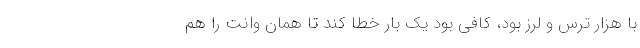
با هزار ترس و لرز بود، كافي بود يك بار خطا كند تا همان وانت را هم